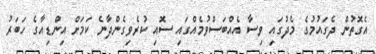
އެގޮތުން ދެގައުމުގެ މެދުގައި ވިސާ އެއްބަސްވުމެއްގައި ސޮއި ކުރެވިގެންދާނެ ކަމަށް އިންޑިއާގެ ހަބަރު